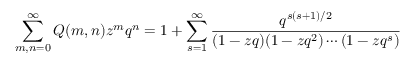
\sum _ { m , n = 0 } ^ { \infty } Q ( m , n ) z ^ { m } q ^ { n } = 1 + \sum _ { s = 1 } ^ { \infty } { \frac { q ^ { s ( s + 1 ) / 2 } } { ( 1 - z q ) ( 1 - z q ^ { 2 } ) \cdots ( 1 - z q ^ { s } ) } }